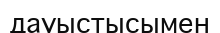
дауыстысымен